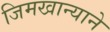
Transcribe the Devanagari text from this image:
जिमखान्याने